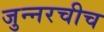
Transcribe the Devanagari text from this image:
जुन्‍नरचीच